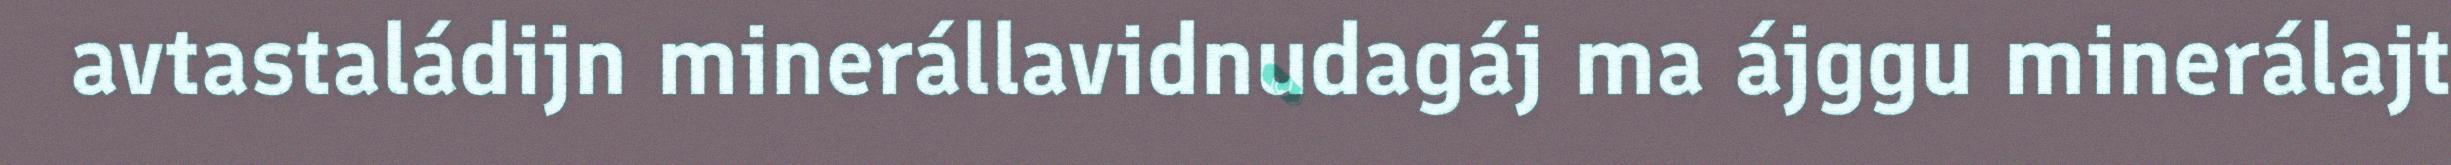
avtastaládijn minerállavidnudagáj ma ájggu minerálajt